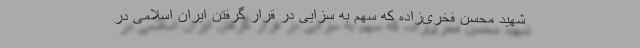
شهید محسن فخری‌زاده که سهم به سزایی در قرار گرفتن ایران اسلامی در